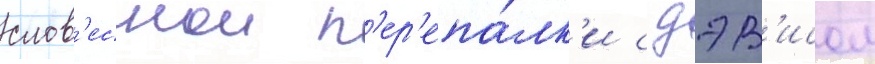
слов'еснои п'ер'епа́лк'и с дэв'исом